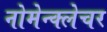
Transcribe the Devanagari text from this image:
नोमेन्क्लेचर